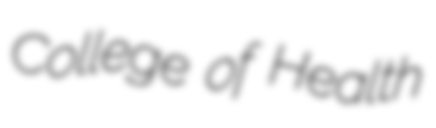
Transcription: College of Health